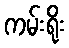
ကမ်းရိုး